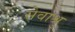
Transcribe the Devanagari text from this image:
सेवाश्रु